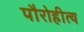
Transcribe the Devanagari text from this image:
पौरोहीत्य